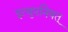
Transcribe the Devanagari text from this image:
इत्युपनिषत्‌